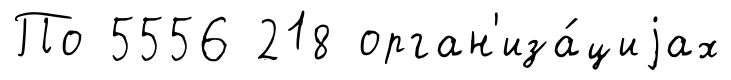
По 5556 218 орган'иза́циjах